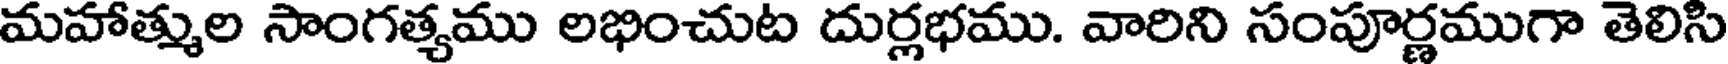
మహాత్ముల సాంగత్యము లభించుట దుర్లభము. వారిని సంపూర్ణముగా తెలిసి